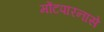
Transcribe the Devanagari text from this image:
मोंटपारनासे